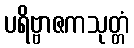
ပရိဗ္ဗာဇကသုတ္တံ